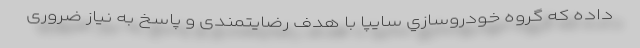
داده که گروه خودروسازي سايپا با هدف رضايتمندی و پاسخ به نياز ضروری